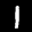
Label: 1